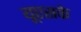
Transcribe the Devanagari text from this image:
यूएसके